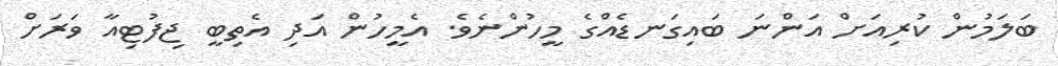
ބަލަމުން ކުރިއަށް އަންނަ ބައިގަނޑެއްގެ މީހުންނެވެ. އެމީހުން އަދި އެތިބީ ޖިފުޓިއާ ވަރަށް